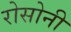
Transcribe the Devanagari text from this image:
रोसोनी